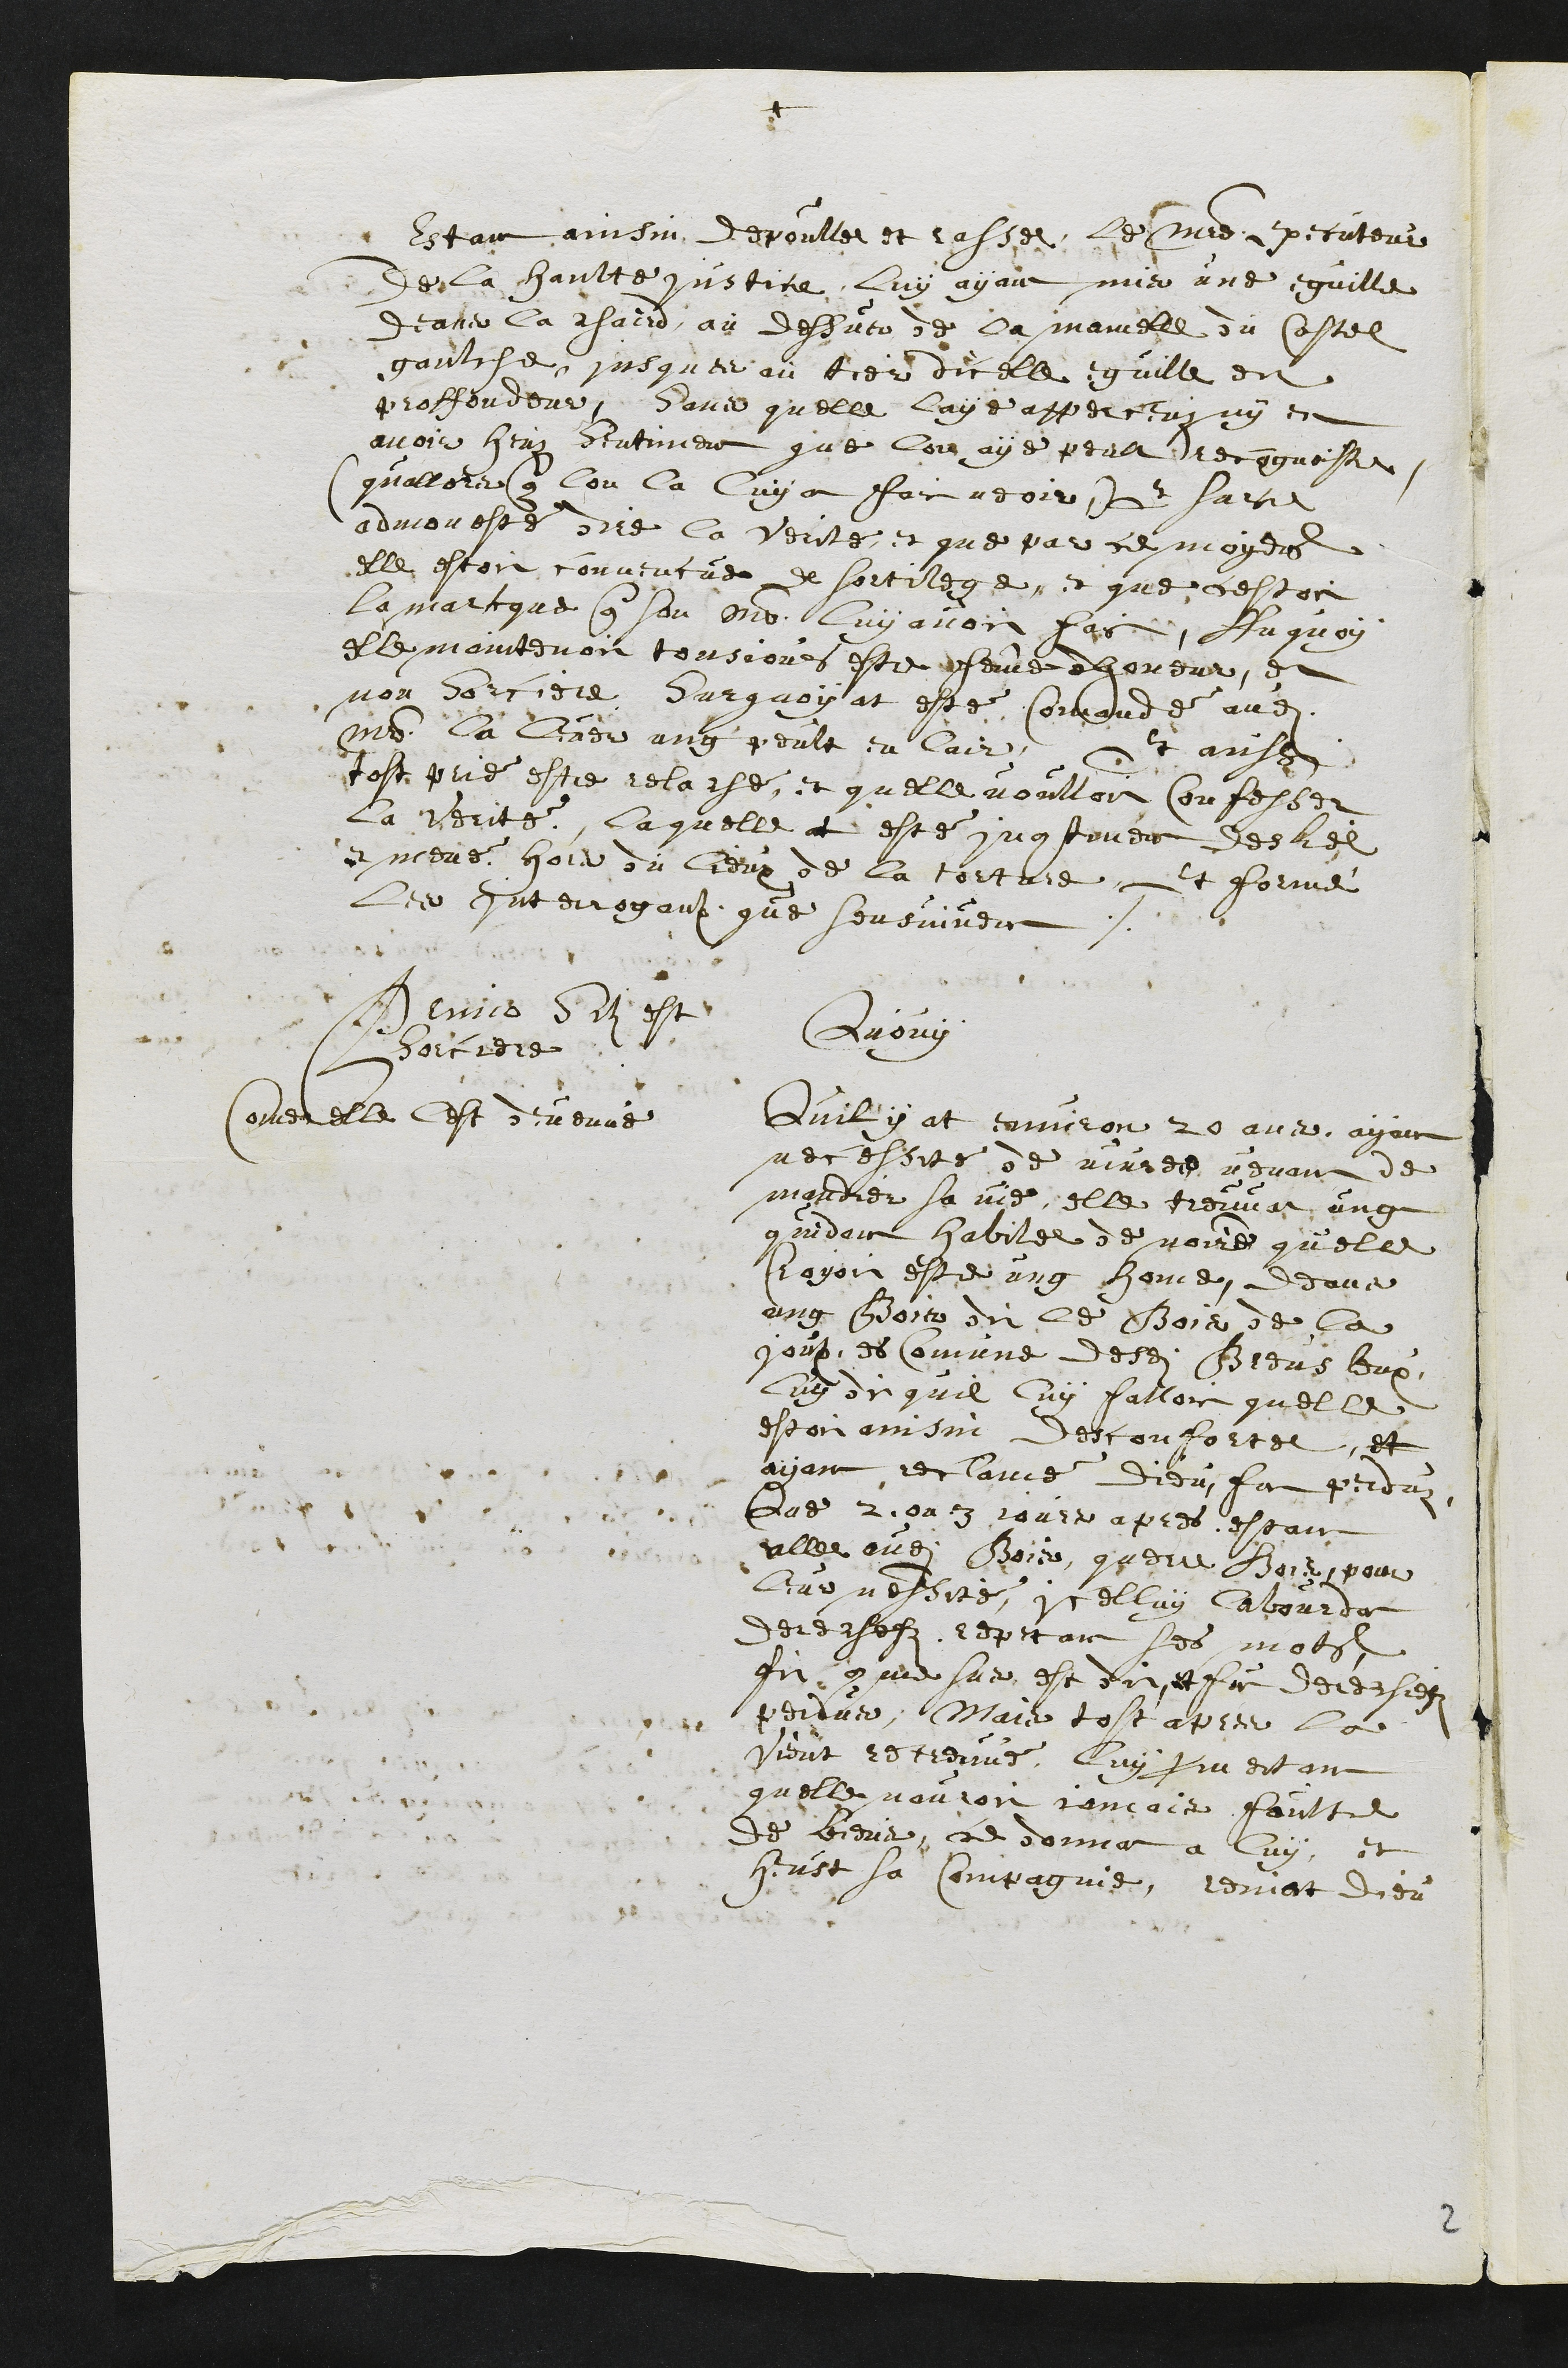
+
Estant ainsin depoullee et rassee, le maistre executeur
de la haulte justice, luy ayant mis une eguille
deans la chaird, au dessus de la mamelle du costel
gaulche, jusques au tier dicelle eguille en
proffondeur, sans quelle laye apperceuz ny en
avoir heuz sentiment que lon aye peut recongnoistre
(quallors que lon la luy a fait a voir) Et sur ce
admonesté dire la Verité, et que par ce moyens
elle estoit convincue de sortilege, et que cestoit
la marque que son maistre luy avoit fais, Au quoy
elle maintenoit tousjours estre femme dhoneur, et
non Sorciere. Surquoy at esté commandé audit
maistre la tirer ung peult en lair, Et aussi
tost prié estre relaché, et quelle voulloit Confesser
la Verité, laquelle at esté incontinent desliee
et mené hors du lieux de la torture, et formé
les Interrogaux que sensuivent
Primo Silz est
sorciere
Quouy
Coment elle lest devenue
Quil y at environ 20 ans, ayant
necessité de vivres venant de
mandier sa vie, elle treuvat ung
quidam habilee de noire quelle
croyoit estre ung home, deans
ung Bois dit le Bois de la
joux es comune desdits Breusleux
luy dit quil luy falloit quelle
estoit ainsin desconfortee, et
ayant reclamé Dieu, fut perduz,
Que 2 ou 3 jours apres estant
allee audit Bois querre Bois, pour
leur necessité, icelluy labourdat
derechefz repetant ses mots
fit comme sus est dit, et fut dechiefz
perdus, Mais tost apres la
vient retreuvé, luy promectant
quelle nauroit jamais faulte
de biens, ce donner a luy, et
heust sa compagnie, reniat Dieu
2